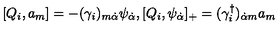
[ Q _ { i } , a _ { m } ] = - ( \gamma _ { i } ) _ { m \dot { \alpha } } \psi _ { \dot { \alpha } } , [ Q _ { i } , \psi _ { \dot { \alpha } } ] _ { + } = ( \gamma _ { i } ^ { \dagger } ) _ { \dot { \alpha } m } a _ { m }